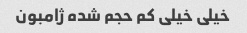
خیلی خیلی کم حجم شده ژامبون